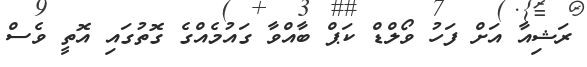
ރަޝިއާ އަށް ފަހު ވޯލްޑް ކަޕް ބާއްވާ ގައުމެއްގެ ގޮތުގައި އޮތީ ވެސް